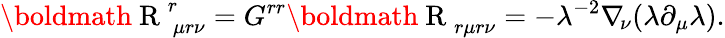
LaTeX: \mathrm{\boldmath{~R~}}_{\ \mu r\nu}^{r}=G^{rr}\mathrm{\boldmath{~R~}}_{r\mu r\nu}=-\lambda^{-2}\nabla_{\! \nu}(\lambda\partial_{\mu}\lambda).